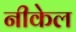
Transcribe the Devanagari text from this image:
नीकेल